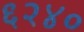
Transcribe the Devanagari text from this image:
६२४०